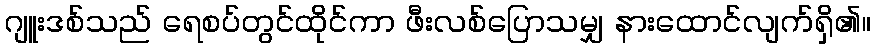
ဂျူးဒစ်သည် ရေစပ်တွင်ထိုင်ကာ ဖီးလစ်ပြောသမျှ နားထောင်လျက်ရှိ၏။